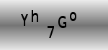
Text: Yh7Go